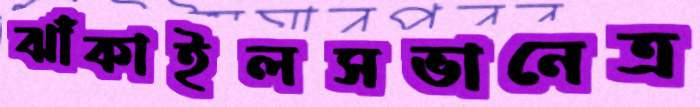
ঝাঁকাইলসভানেত্র